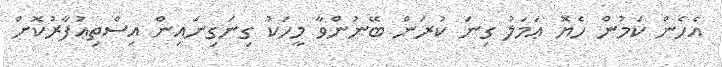
އެހެން ކަމުން ހެޔޮ ޢަމަލު ގިނަ ކުރަން ބޭނުންވާ މީހަކު ގިނަގިނައިން އިސްތިޢުފާރުކޮށް